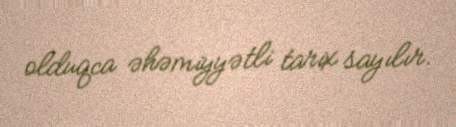
olduqca əhəmiyyətli tarix sayılır.